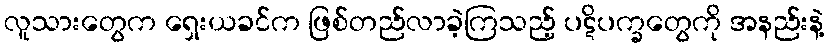
လူသားတွေက ရှေးယခင်က ဖြစ်တည်လာခဲ့ကြသည့် ပဋိပက္ခတွေကို အနည်းနဲ့